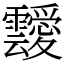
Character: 靉